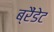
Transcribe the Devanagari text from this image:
ब्रैंडेट